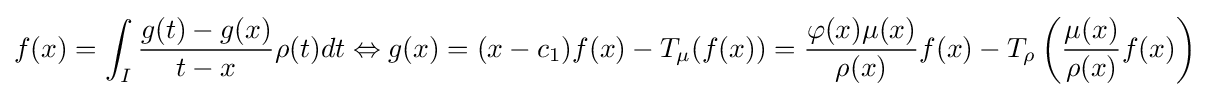
f(x)=\int _{I}{\frac {g(t)-g(x)}{t-x}}\rho (t)dt\Leftrightarrow g(x)=(x-c_{1})f(x)-T_{\mu }(f(x))={\frac {\varphi (x)\mu (x)}{\rho (x)}}f(x)-T_{\rho }\left({\frac {\mu (x)}{\rho (x)}}f(x)\right)